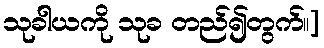
သုခါယကို သုခ တည်၍တွက်။]